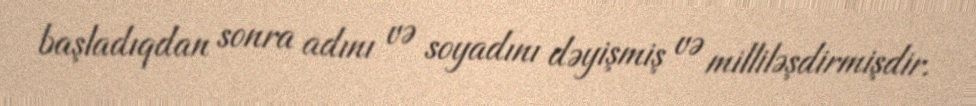
başladıqdan sonra adını və soyadını dəyişmiş və milliləşdirmişdir.